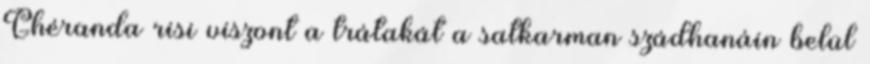
Ghéranda risi viszont a trátakát a satkarman szádhanáin belül